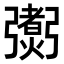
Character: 𢐼